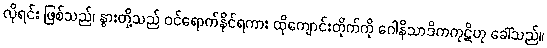
လိုရင်း ဖြစ်သည်၊ နွားတို့သည် ဝင်ရောက်နိုင်ရကား ထိုကျောင်းတိုက်ကို ဂေါနိသာဒိကကုဋိဟု ခေါ်သည်။